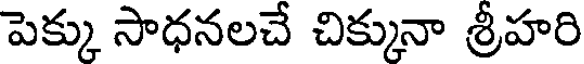
పెక్కు సాధనలచే చిక్కునా శ్రీహరి